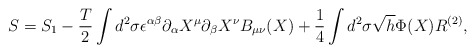
\begin{align*}S=S_1 - \frac {T}{2} \int d^2\sigma \epsilon^{\alpha \beta}\partial_{\alpha} X^{\mu} \partial_{\beta} X^{\nu} B_{\mu \nu}(X)+ \frac {1}{4} \int d^2 \sigma \sqrt{h} \Phi(X) R^{(2)},\end{align*}